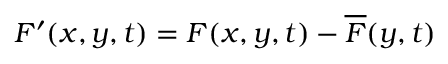
F ^ { \prime } ( x , y , t ) = F ( x , y , t ) - \overline { { F } } ( y , t )